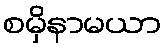
စမှိနာမယာ